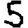
Digit: 5